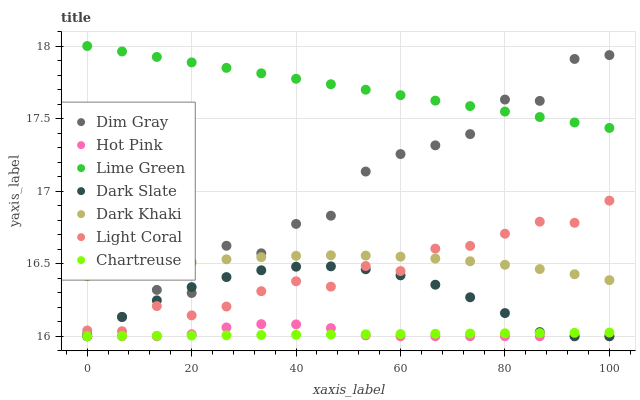
| xaxis_label | Dim Gray | Hot Pink | Lime Green | Dark Slate | Dark Khaki | Light Coral | Chartreuse |
 | --- | --- | --- | --- | --- | --- | --- | --- |
 | 0 | 16 | 16 | 18 | 16 | 16.4 | 16 | 16 |
 | 6.67 | 16.1 | 16 | 18 | 16.1 | 16.5 | 16 | 16 |
 | 13.3 | 16.3 | 16 | 17.9 | 16.2 | 16.5 | 16.2 | 16 |
 | 20 | 16.3 | 16 | 17.9 | 16.3 | 16.5 | 16.1 | 16 |
 | 26.7 | 16.6 | 16.1 | 17.8 | 16.4 | 16.5 | 16.2 | 16 |
 | 33.3 | 16.6 | 16.1 | 17.8 | 16.5 | 16.5 | 16.3 | 16 |
 | 40 | 16.8 | 16.1 | 17.8 | 16.5 | 16.6 | 16.4 | 16 |
 | 46.7 | 16.8 | 16.1 | 17.7 | 16.5 | 16.6 | 16.3 | 16 |
 | 53.3 | 17.1 | 16 | 17.7 | 16.5 | 16.6 | 16.5 | 16 |
 | 60 | 17.3 | 16 | 17.7 | 16.4 | 16.5 | 16.4 | 16 |
 | 66.7 | 17.3 | 16 | 17.6 | 16.4 | 16.5 | 16.6 | 16 |
 | 73.3 | 17.4 | 16 | 17.6 | 16.3 | 16.5 | 16.6 | 16 |
 | 80 | 17.6 | 16 | 17.5 | 16.2 | 16.5 | 16.7 | 16 |
 | 86.7 | 17.6 | 16 | 17.5 | 16 | 16.5 | 16.8 | 16 |
 | 93.3 | 17.9 | 16 | 17.5 | 16 | 16.4 | 16.8 | 16 |
 | 100 | 17.9 | 16 | 17.4 | 16 | 16.4 | 16.9 | 16 |